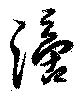
滴